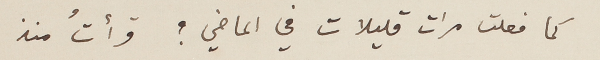
كما فعلت مرات قليلات في الماضي؟ قرأتُ منذ